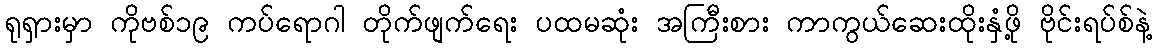
ရုရှားမှာ ကိုဗစ်၁၉ ကပ်ရောဂါ တိုက်ဖျက်ရေး ပထမဆုံး အကြီးစား ကာကွယ်ဆေးထိုးနှံဖို့ ဗိုင်းရပ်စ်နဲ့